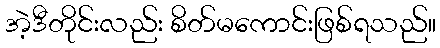
အဲ့ဒီတိုင်းလည်း စိတ်မကောင်းဖြစ်ရသည်။